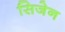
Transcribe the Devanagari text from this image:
सिजेन